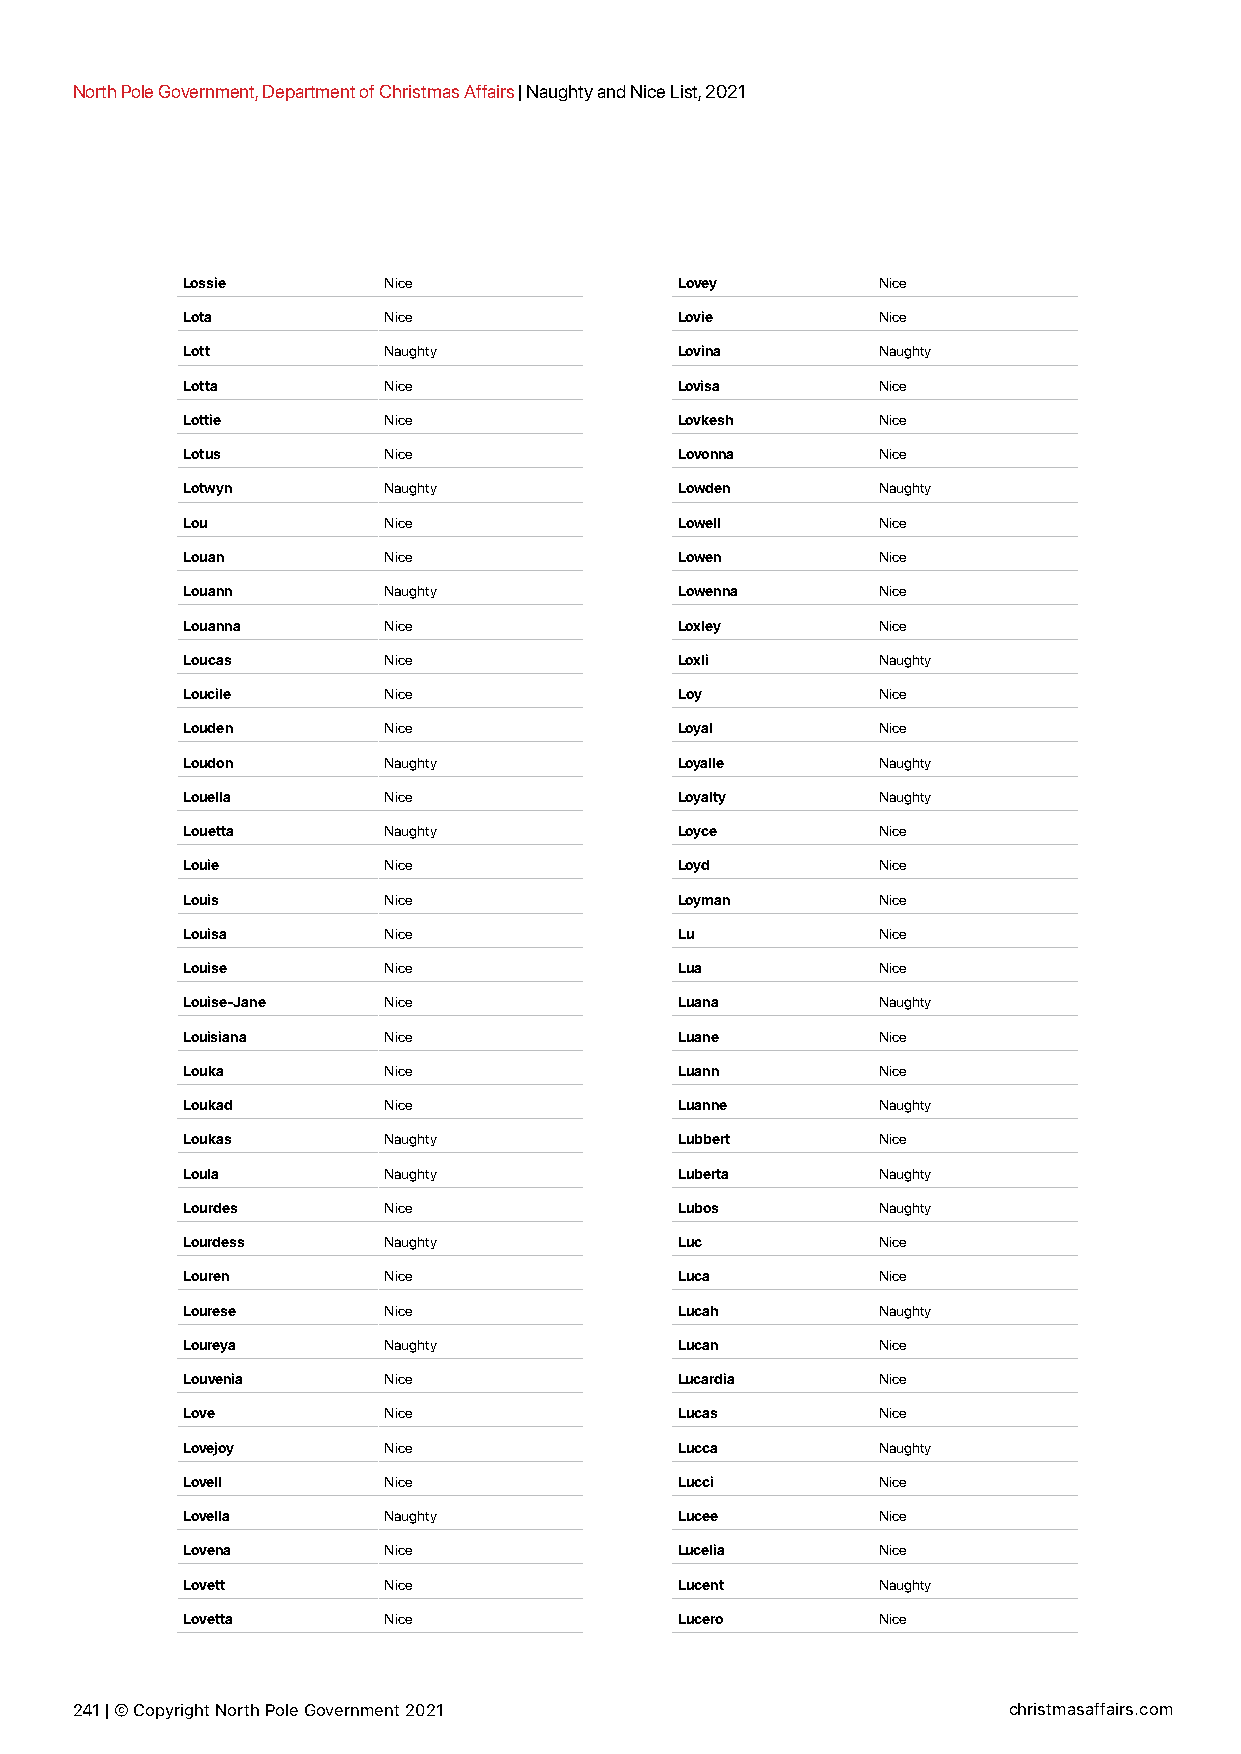
North Pole Government, Department of Christmas Affairs | Naughty and Nice List, 2021
 Lossie       Nice                Lovey        Nice
 Lota         Nice                Lovie        Nice
 Lott         Naughty             Lovina       Naughty
 Lotta        Nice                Lovisa       Nice
 Lottie       Nice                Lovkesh      Nice
 Lotus        Nice                Lovonna      Nice
 Lotwyn       Naughty             Lowden       Naughty
 Lou          Nice                Lowell       Nice
 Louan        Nice                Lowen        Nice
 Louann       Naughty             Lowenna      Nice
 Louanna      Nice                Loxley       Nice
 Loucas       Nice                Loxli        Naughty
 Loucile      Nice                Loy          Nice
 Louden       Nice                Loyal        Nice
 Loudon       Naughty             Loyalle      Naughty
 Louella      Nice                Loyalty      Naughty
 Louetta      Naughty             Loyce        Nice
 Louie        Nice                Loyd         Nice
 Louis        Nice                Loyman       Nice
 Louisa       Nice                Lu           Nice
 Louise       Nice                Lua          Nice
 Louise-Jane  Nice                Luana        Naughty
 Louisiana    Nice                Luane        Nice
 Louka        Nice                Luann        Nice
 Loukad       Nice                Luanne       Naughty
 Loukas       Naughty             Lubbert      Nice
 Loula        Naughty             Luberta      Naughty
 Lourdes      Nice                Lubos        Naughty
 Lourdess     Naughty             Luc          Nice
 Louren       Nice                Luca         Nice
 Lourese      Nice                Lucah        Naughty
 Loureya      Naughty             Lucan        Nice
 Louvenia     Nice                Lucardia     Nice
 Love         Nice                Lucas        Nice
 Lovejoy      Nice                Lucca        Naughty
 Lovell       Nice                Lucci        Nice
 Lovella      Naughty             Lucee        Nice
 Lovena       Nice                Lucelia      Nice
 Lovett       Nice                Lucent       Naughty
 Lovetta      Nice                Lucero       Nice
 241 | © Copyright North Pole Government 2021                  christmasaffairs.com